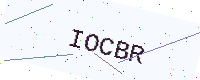
Text: IOCBR